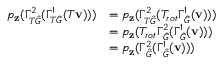
\begin{array} { r l } { p _ { \mathbf { z } } ( \Gamma _ { T \hat { G } } ^ { 2 } ( \Gamma _ { T \hat { G } } ^ { 1 } ( T \mathbf { v } ) ) ) } & { = p _ { \mathbf { z } } ( \Gamma _ { T \hat { G } } ^ { 2 } ( T _ { r o t } \Gamma _ { \hat { G } } ^ { 1 } ( \mathbf { v } ) ) ) } \\ & { = p _ { \mathbf { z } } ( T _ { r o t } \Gamma _ { \hat { G } } ^ { 2 } ( \Gamma _ { \hat { G } } ^ { 1 } ( \mathbf { v } ) ) ) } \\ & { = p _ { \mathbf { z } } ( \Gamma _ { \hat { G } } ^ { 2 } ( \Gamma _ { \hat { G } } ^ { 1 } ( \mathbf { v } ) ) ) } \end{array}